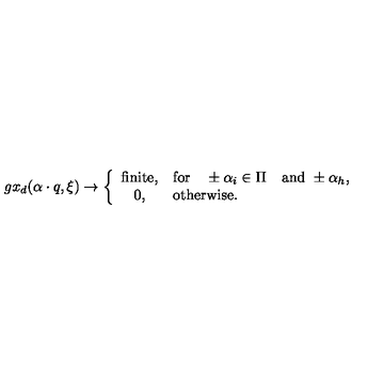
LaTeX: g x _ { d } ( \alpha \cdot q , \xi ) \to \left\{ \begin{array} { c l } { \mathrm { f i n i t e } , } & { \mathrm { f o r } \quad \pm \alpha _ { i } \in \Pi \quad \mathrm { a n d } \ \pm \alpha _ { h } , } \\ { 0 , } & { \mathrm { o t h e r w i s e . } } \\ \end{array} \right.